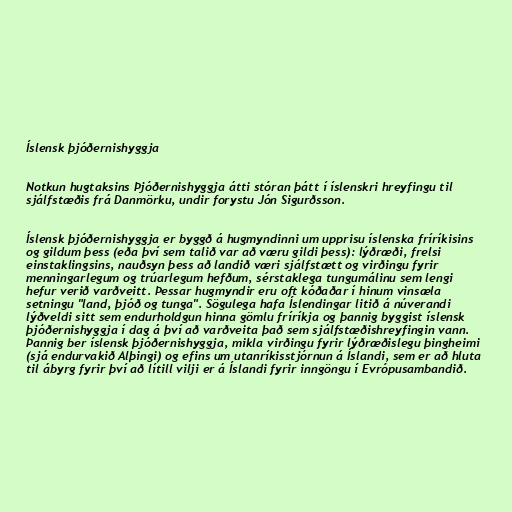
Íslensk þjóðernishyggja

Notkun hugtaksins Þjóðernishyggja átti stóran þátt í íslenskri hreyfingu til
sjálfstæðis frá Danmörku, undir forystu Jón Sigurðsson.

Íslensk þjóðernishyggja er byggð á hugmyndinni um upprisu íslenska fríríkisins
og gildum þess (eða því sem talið var að væru gildi þess): lýðræði, frelsi
einstaklingsins, nauðsyn þess að landið væri sjálfstætt og virðingu fyrir
menningarlegum og trúarlegum hefðum, sérstaklega tungumálinu sem lengi
hefur verið varðveitt. Þessar hugmyndir eru oft kóðaðar í hinum vinsæla
setningu "land, þjóð og tunga". Sögulega hafa Íslendingar litið á núverandi
lýðveldi sitt sem endurholdgun hinna gömlu fríríkja og þannig byggist íslensk
þjóðernishyggja í dag á því að varðveita það sem sjálfstæðishreyfingin vann.
Þannig ber íslensk þjóðernishyggja, mikla virðingu fyrir lýðræðislegu þingheimi
(sjá endurvakið Alþingi) og efins um utanríkisstjórnun á Íslandi, sem er að hluta
til ábyrg fyrir því að lítill vilji er á Íslandi fyrir inngöngu í Evrópusambandið.